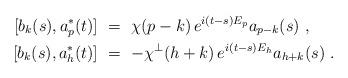
LaTeX: \begin{align*}[b_k(s), a_p^* (t) ] & \ = \ \chi (p - k )\, e^{ i(t-s) E_p}a_{p - k } (s) \ , \\ [ b_k (s) , a_h^* (t) ] & \ = \ - \chi^\perp ( h + k )\, e^{ i(t-s) E_h }a_{h + k } (s) \ . \end{align*}